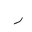
Letter: _ra